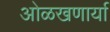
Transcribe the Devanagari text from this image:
ओळखणार्या